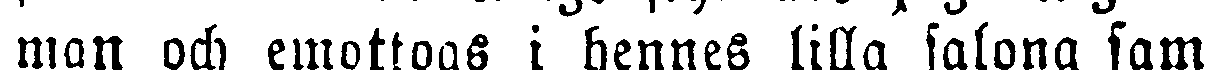
man och emottogs i hennes lilla salong samt